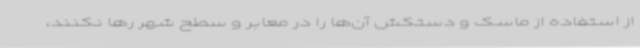
از استفاده از ماسک و دستکش آن‌ها را در معابر و سطح شهر رها نکنند،